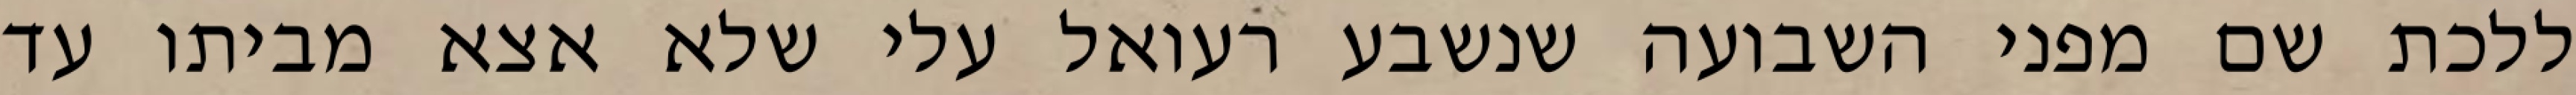
ללכת שם מפני השבועה שנשבע רעואל עלי שלא אצא מביתו עד